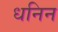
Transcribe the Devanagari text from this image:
धनिन